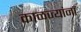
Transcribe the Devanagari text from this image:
काळज्यांना